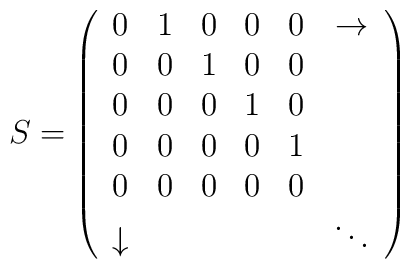
S= \left(\begin{array}{cccccc}0 & 1 & 0 & 0 & 0 & \rightarrow \\0 & 0 & 1 & 0 & 0 &  \\0 & 0 & 0 & 1 & 0 &  \\0 & 0 & 0 & 0 & 1 &  \\0 & 0 & 0 & 0 & 0 &  \\\downarrow &  &  &  &  & \ddots\end{array}\right)